Lock hospitals Punjab
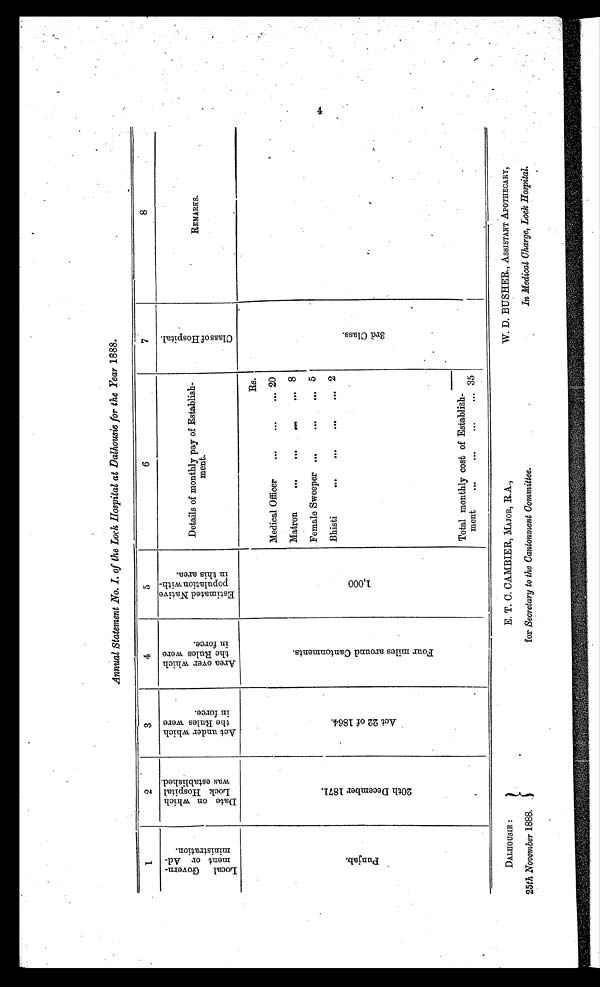
DALHOUSIE :
25th November 1888.
E. T. C. CAMBIER, MAJOR, RA.,
for Secretary to the Cantonment Committee.
W. D. BUSHER., ASSISTANT APOTHECARY,
In Medical Charge, Lock Hospital.
Annual Statement No. I. of the Lock Hospital at Dalhousie for the Year 1888.
1
2
3
4
5
6
7
8
L o c a l G o v e r n m e n t o r A d m i n i s t r a t i o n .
D a t e o n w h i c h L o c k H o s p i t a l w a s e s t a b l i s h e d .
A c t u n d e r w h i c h t h e R u l e s w e r e i n f o r c e .
A r e a o v e r w h i c h t h e R u l e s w e r e i n f o r c e .
E s t i m a t e d N a t i v e p o p u l a t i o n w i t h i n t h i s a r e a .
Details of monthly pay of Establish
ment.
C l a s s o f H o s p i t a l .
REMARKS.
P u n j a b .
2 0 t h D e c e m b e r 1 8 7 1
A c t 2 2 o f 1 8 6 4 .
F o u r m i l e s a r u n d C a n t o n m e n t s .
1 , 0 0 0
Rs.
3 r d C l a s s .
Medical Officer
. . .
. . .
... 20
Matron
. . .
. . .
. . . 8
Female Sweeper ...
. . .
...
5
Bhisti
. . .
. . .
. . . 2
Total monthly cost of Establish
ment
35